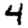
Digit: 4